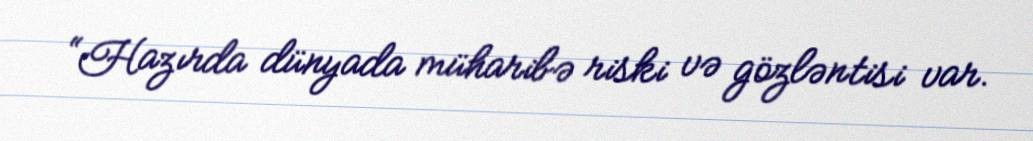
“Hazırda dünyada müharibə riski və gözləntisi var.